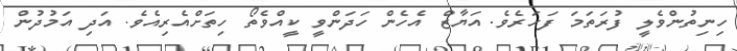
ހިނިތުންވެލީ ފުރަތަމަ ފަހަރެވެ. އަޔާޒް އެހެން ހަދަންވީ ކީއްވެތޯ ހިތަށްއެރިއެވެ. އަދި އަމުދުން